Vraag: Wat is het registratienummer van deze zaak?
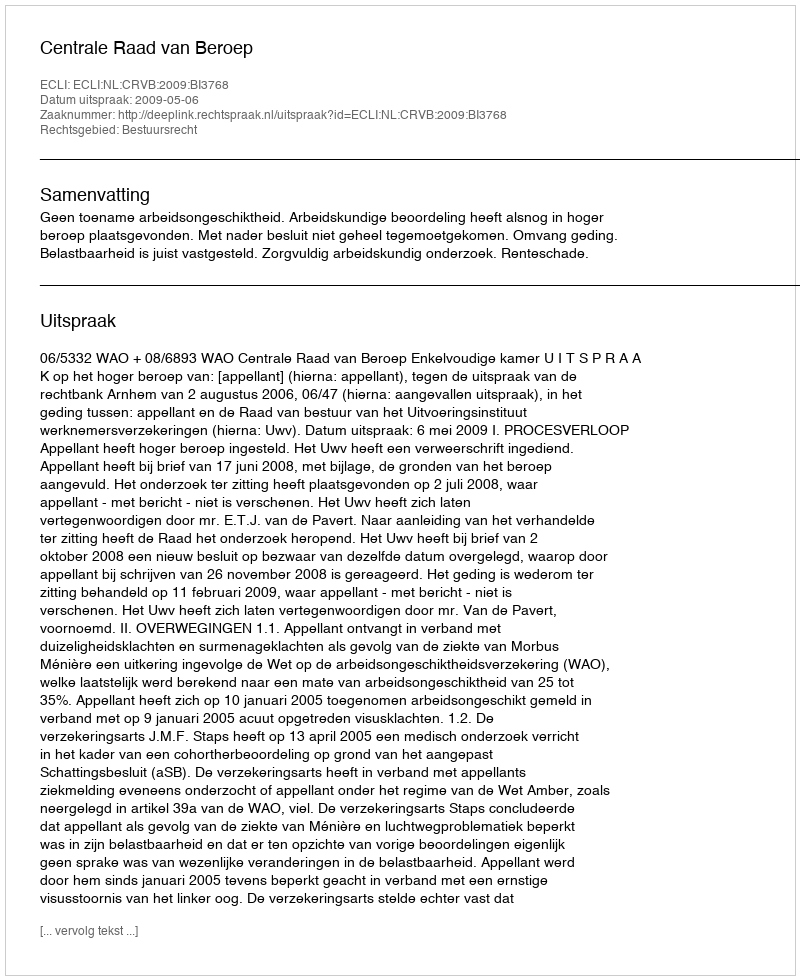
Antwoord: http://deeplink.rechtspraak.nl/uitspraak?id=ECLI:NL:CRVB:2009:BI3768